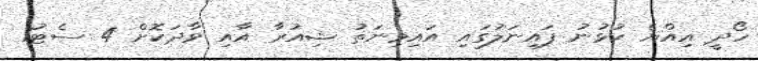
ހޯދީ އިއްޔެ ކުޅުނު ފައިނަލުގައި އައިމިނަތު ޝިއުރާ އާއި ވާދަކޮށް 4 ސެޓު1